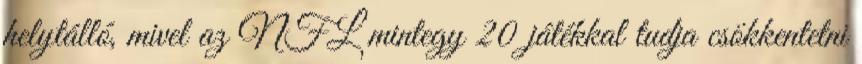
helytálló, mivel az NFL mintegy 20 játékkal tudja csökkentetni